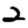
Digit: 2